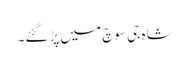
شاہ جی سوچ میں پڑگئے۔